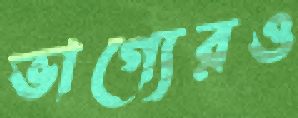
ভাগ্যেরও